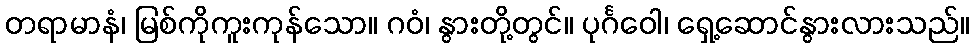
တရာမာနံ၊ မြစ်ကိုကူးကုန်သော။ ဂဝံ၊ နွားတို့တွင်။ ပုင်္ဂဝေါ၊ ရှေ့ဆောင်နွားလားသည်။